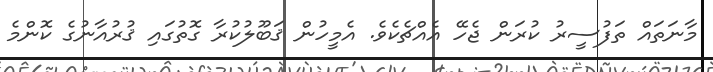
މާނަތައް ތަފުސީރު ކުރަން ޖެހޭ އެއްޗެކެވެ. އެމީހުން ޤަބޫލުކުރާ ގޮތުގައި ޤުރުއާނުގެ ކޮންމެ